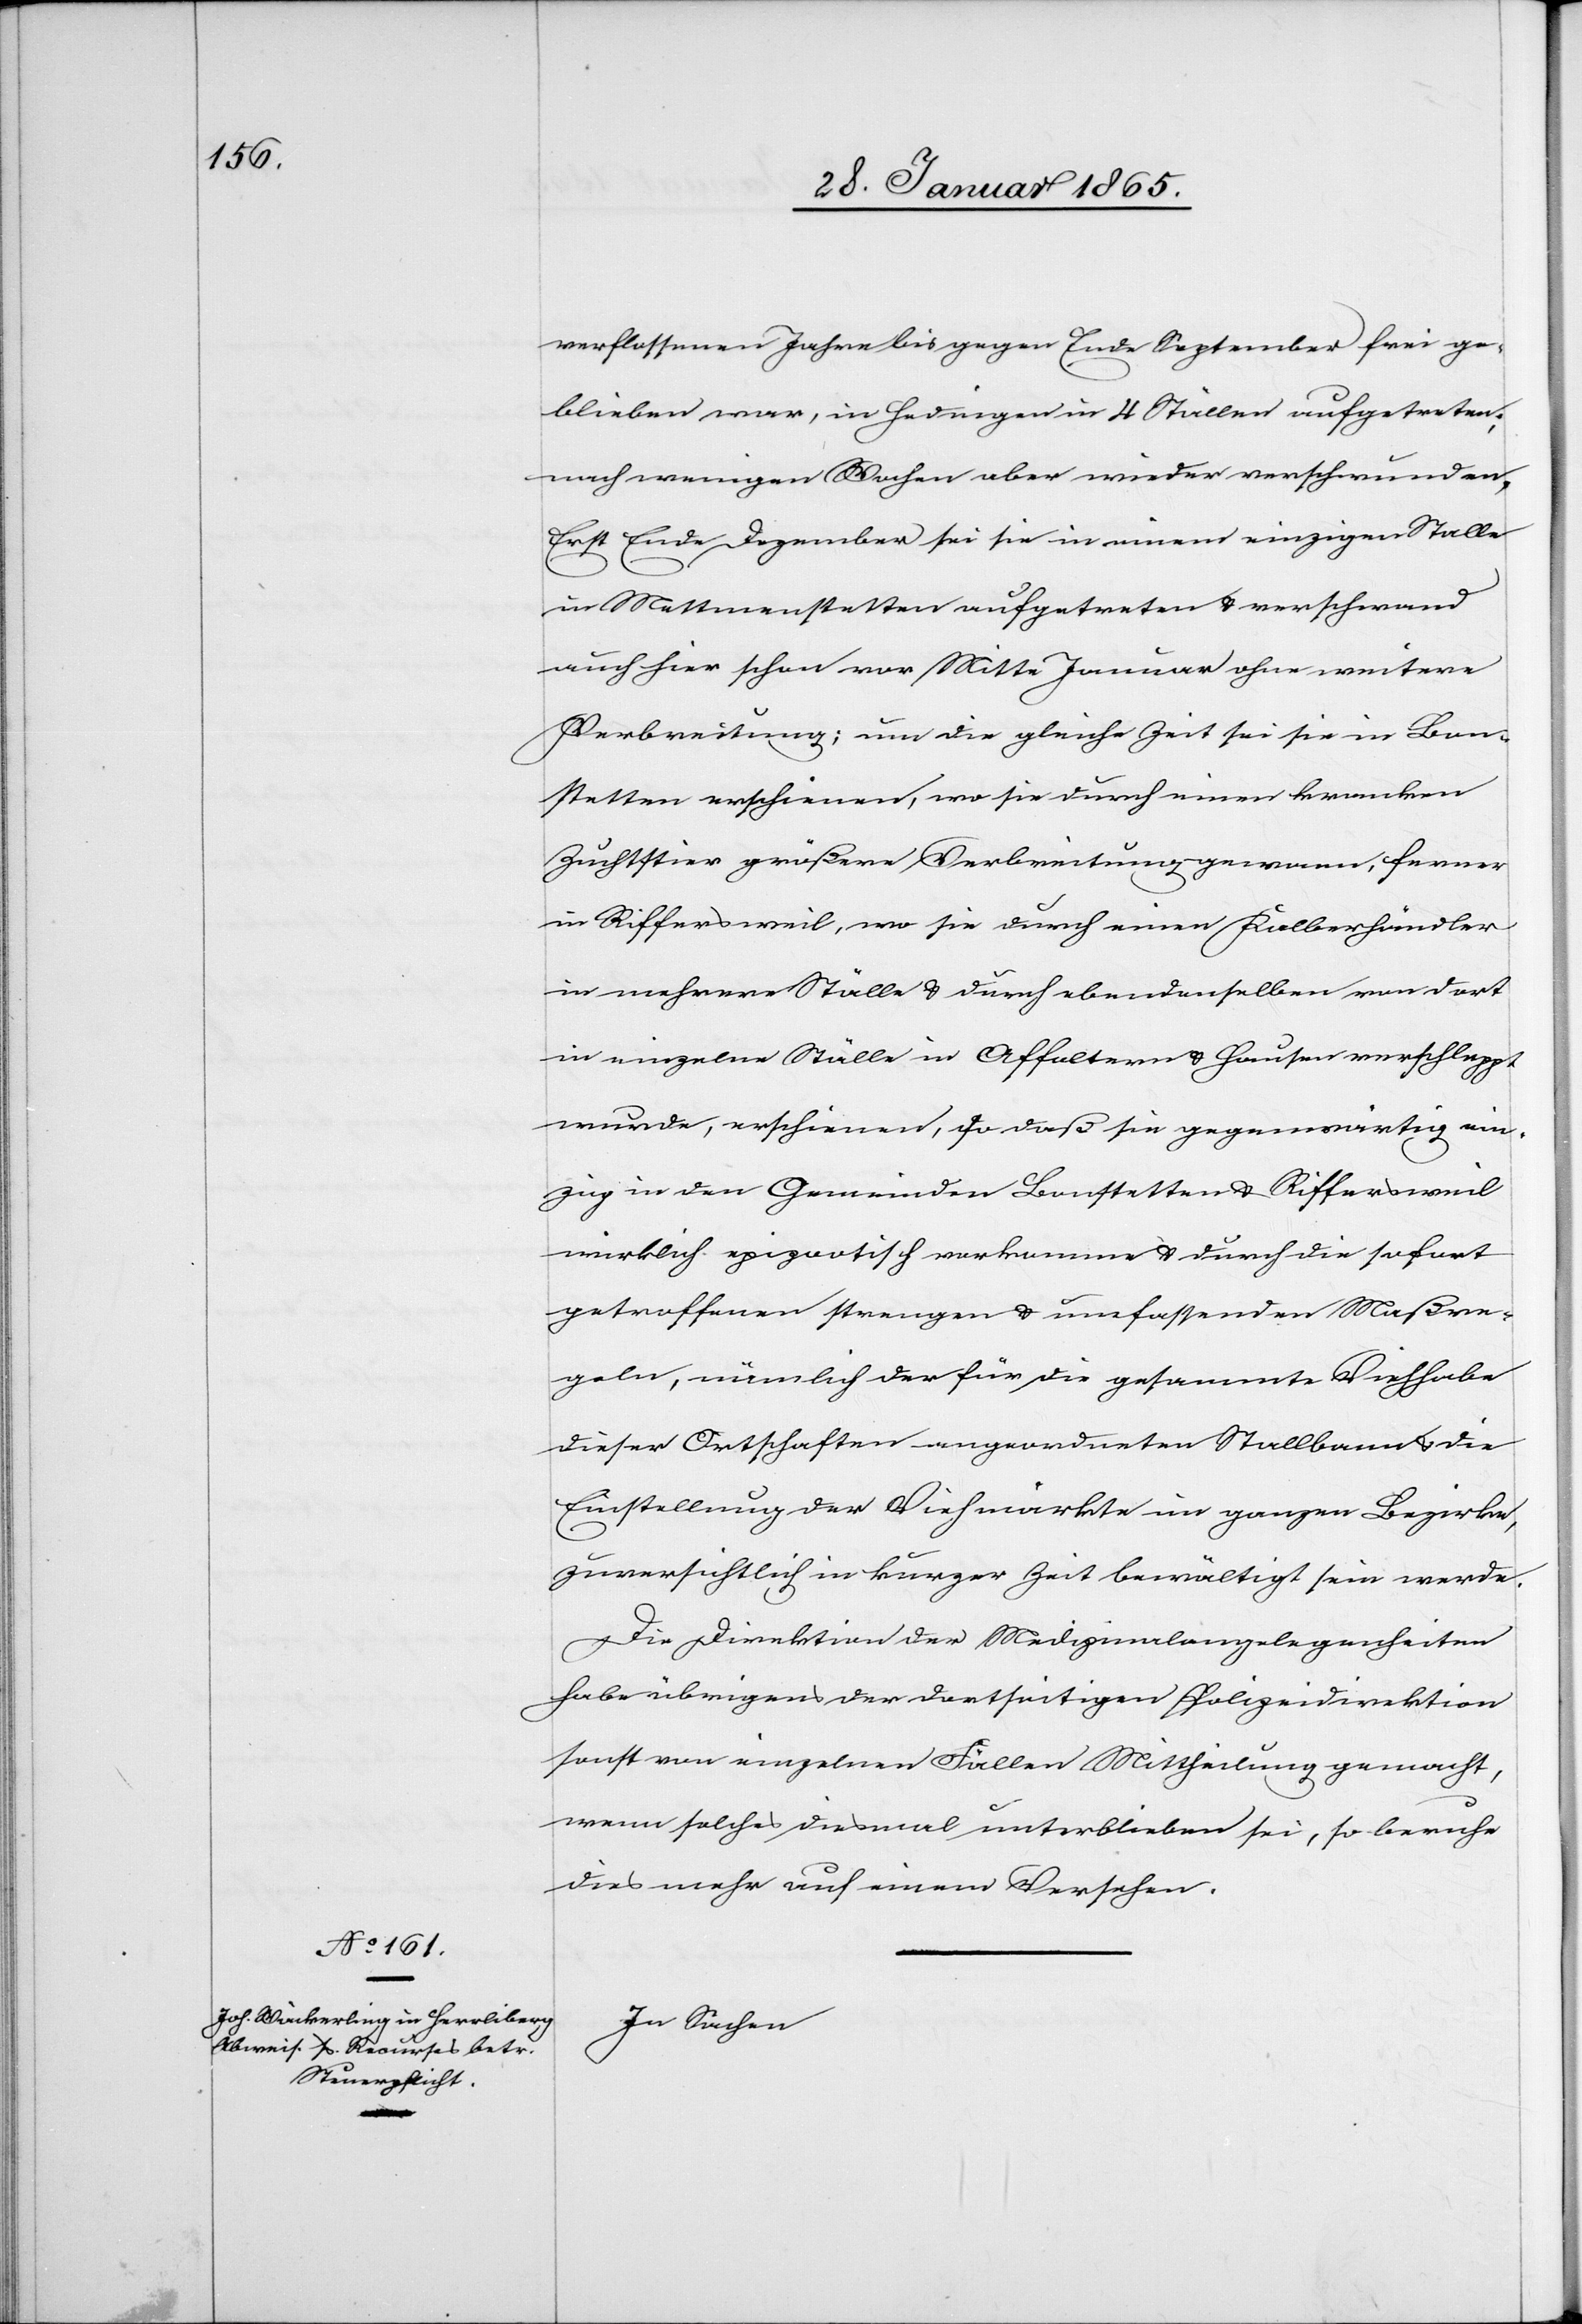
verflossenen Jahre bis gegen Ende September frei ge¬
blieben war, in Hedingen in 4 Ställen aufgetreten;
nach wenigen Wochen aber wieder verschwunden.
Erst Ende Dezember sei sie in einem einzigen Stalle
in Mettmenstetten aufgetreten u. verschwand
auch hier schon vor Mitte Januar ohne weitere
Verbreitung; um die gleiche Zeit sei sie in Bon¬
stetten erschienen, wo sie durch einen kranken
Zuchtstier größere Verbreitung gewann, ferner
in Riffersweil, wo sie durch einen Kalberhändler
in mehrere Ställe u. durch ebendenselben von dort
in einzelne Ställe in Affoltern u. Hausen verschleppt
wurde, erschienen, so daß sie gegenwärtig ein¬
zig in den Gemeinden Bonstetten u. Riffersweil
wirklich epizootisch vorkomme u. durch die sofort
getroffenen strengen u. umfassenden Maßre¬
geln, nämlich der für die gesammte Viehhabe
dieser Ortschaften angeordneten Stallbann u. die
Einstellung der Viehmärkte im ganzen Bezirke,
zuversichtlich in kurzer Zeit bewältigt sein werde.
Die Direktion der Medizinalangelegenheiten
habe übrigens der dortseitigen Polizeidirektion
sonst von einzelnen Fällen Mittheilung gemacht,
wenn solches diesmal unterblieben sei, so beruhe
dies mehr auf einem Versehen.
In Sachen